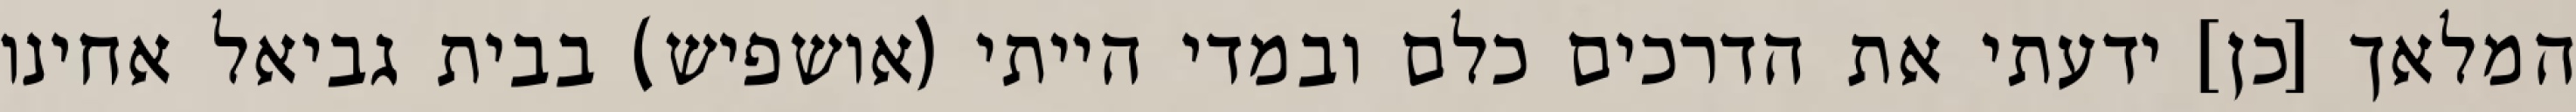
המלאך [כן] ידעתי את הדרכים כלם ובמדי הייתי (אושפיש) בבית גביאל אחינו